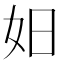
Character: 𪥨